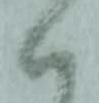
ハ